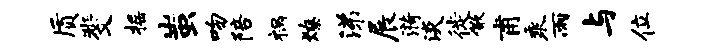
质斐摇蚩吻陪祸燎涕展漪淡徙儆甫乘雨与位